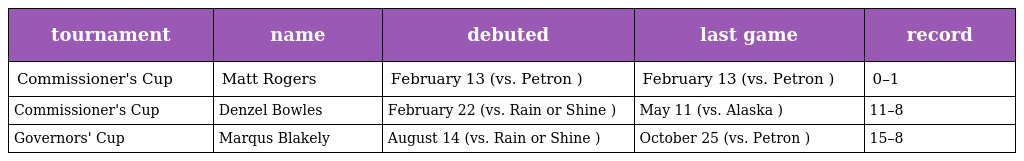
| tournament | name | debuted | last game | record |
 | --- | --- | --- | --- | --- |
 | Commissioner's Cup | Matt Rogers | February 13 (vs. Petron ) | February 13 (vs. Petron ) | 0–1 |
 | Commissioner's Cup | Denzel Bowles | February 22 (vs. Rain or Shine ) | May 11 (vs. Alaska ) | 11–8 |
 | Governors' Cup | Marqus Blakely | August 14 (vs. Rain or Shine ) | October 25 (vs. Petron ) | 15–8 |